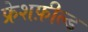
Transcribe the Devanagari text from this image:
फ्रेशफ़ील्ड